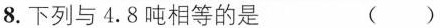
8.下列与4.8吨相等的是 ( )